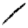
Digit: 1